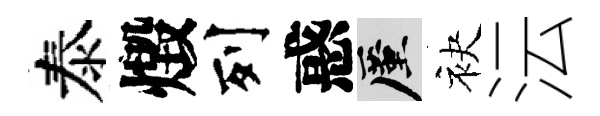
泰燬列惑厪袂沄